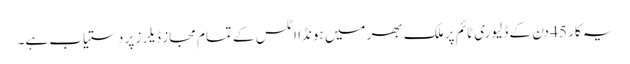
یہ کار 45 دن کے ڈلیوری ٹائم پر ملک بھر میں ہونڈا اٹلس کے تمام مجاز ڈیلرز پر دستیاب ہے۔